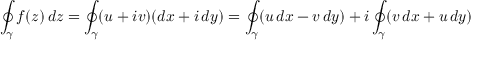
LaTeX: \oint _ { \gamma } f ( z ) \, d z = \oint _ { \gamma } ( u + i v ) ( d x + i \, d y ) = \oint _ { \gamma } ( u \, d x - v \, d y ) + i \oint _ { \gamma } ( v \, d x + u \, d y )